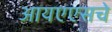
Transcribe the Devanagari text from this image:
आयएएसचे